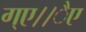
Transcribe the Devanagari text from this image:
ग्ए।।ैए